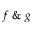
f \ \& \ g